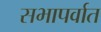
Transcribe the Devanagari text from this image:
सभापर्वात